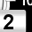
Digit: 2